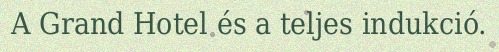
A Grand Hotel és a teljes indukció.